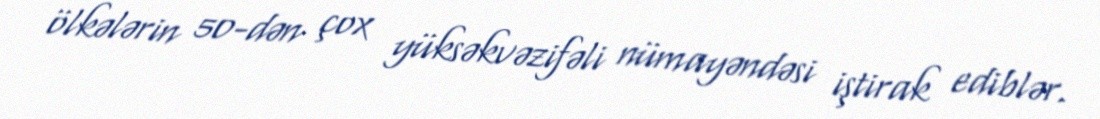
ölkələrin 50-dən çox yüksəkvəzifəli nümayəndəsi iştirak ediblər.